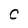
Character: C